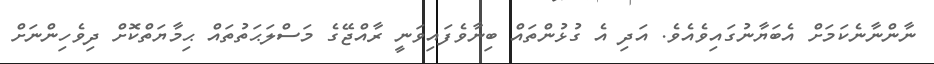
ނާންނާނެކަމަށްް އެބަޔާނުގައިވެއެވެ. އަދި އެ ގުޅުންތައް ބިނާވެފައިވަނީ ރާއްޖޭގެ މަސްލަޙަތުތައް ޙިމާޔަތްކޮށް ދިވެހިންނަށް